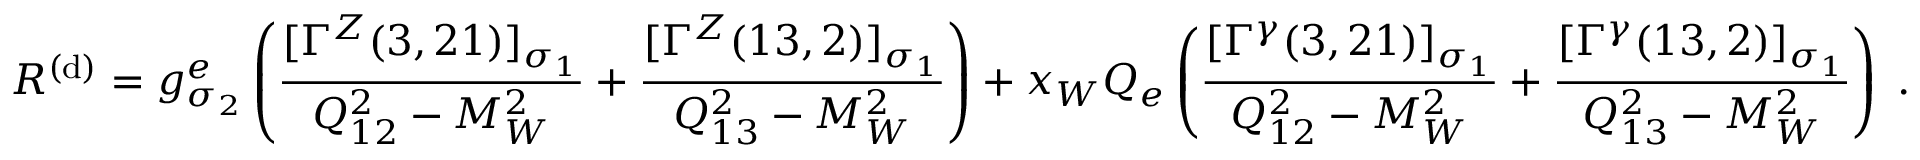
{ \cal R } ^ { ( \mathrm { d } ) } = g _ { \sigma _ { 2 } } ^ { e } \left( \frac { [ \Gamma ^ { Z } ( 3 , 2 1 ) ] _ { \sigma _ { 1 } } } { Q _ { 1 2 } ^ { 2 } - M _ { W } ^ { 2 } } + \frac { [ \Gamma ^ { Z } ( 1 3 , 2 ) ] _ { \sigma _ { 1 } } } { Q _ { 1 3 } ^ { 2 } - M _ { W } ^ { 2 } } \right) + x _ { W } Q _ { e } \left( \frac { [ \Gamma ^ { \gamma } ( 3 , 2 1 ) ] _ { \sigma _ { 1 } } } { Q _ { 1 2 } ^ { 2 } - M _ { W } ^ { 2 } } + \frac { [ \Gamma ^ { \gamma } ( 1 3 , 2 ) ] _ { \sigma _ { 1 } } } { Q _ { 1 3 } ^ { 2 } - M _ { W } ^ { 2 } } \right) \; .